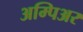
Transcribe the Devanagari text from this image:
अम्पिअर